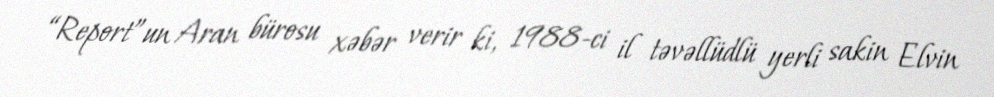
“Report”un Aran bürosu xəbər verir ki, 1988-ci il təvəllüdlü yerli sakin Elvin